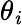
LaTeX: \theta_{\mathit{i}}